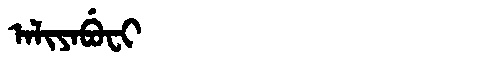
Manchu: ᠠᠯᡳᠶᠠᠪᡠᠸᡳ
Romanization: ALIYABUFI